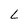
Character: L